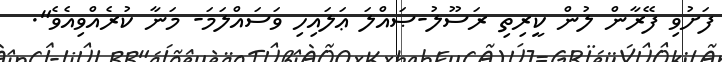
ފަށުވި ފޭރާން ލުން ކީރިތި ރަސޫލު-ޞައްލަ ޢަލައިހި ވަސައްލަމަ- މަނާ ކުރެއްވިއެވެ".